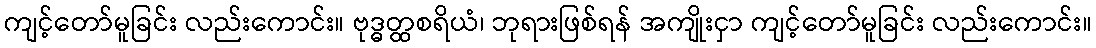
ကျင့်တော်မူခြင်း လည်းကောင်း။ ဗုဒ္ဓတ္ထစရိယံ၊ ဘုရားဖြစ်ရန် အကျိုးငှာ ကျင့်တော်မူခြင်း လည်းကောင်း။